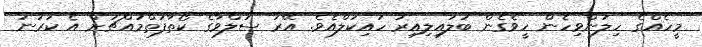
މީހެއްގެ ހިލަންވިހެން ހީވެގެން ބަލައިލިއިރު ހައިކަލްއެވެ. އޭރު ސަލްވާގެ ކޯތާފަތްމައްޗަށް އެ ކަރުނަ